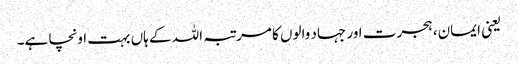
یعنی ایمان، ہجرت اور جہاد والوں کا مرتبہ اللہ کے ہاں بہت اونچا ہے۔